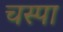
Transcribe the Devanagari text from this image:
चस्‍पा